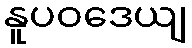
နူပဝဒေယျ